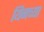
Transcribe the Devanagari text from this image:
यिनच्या